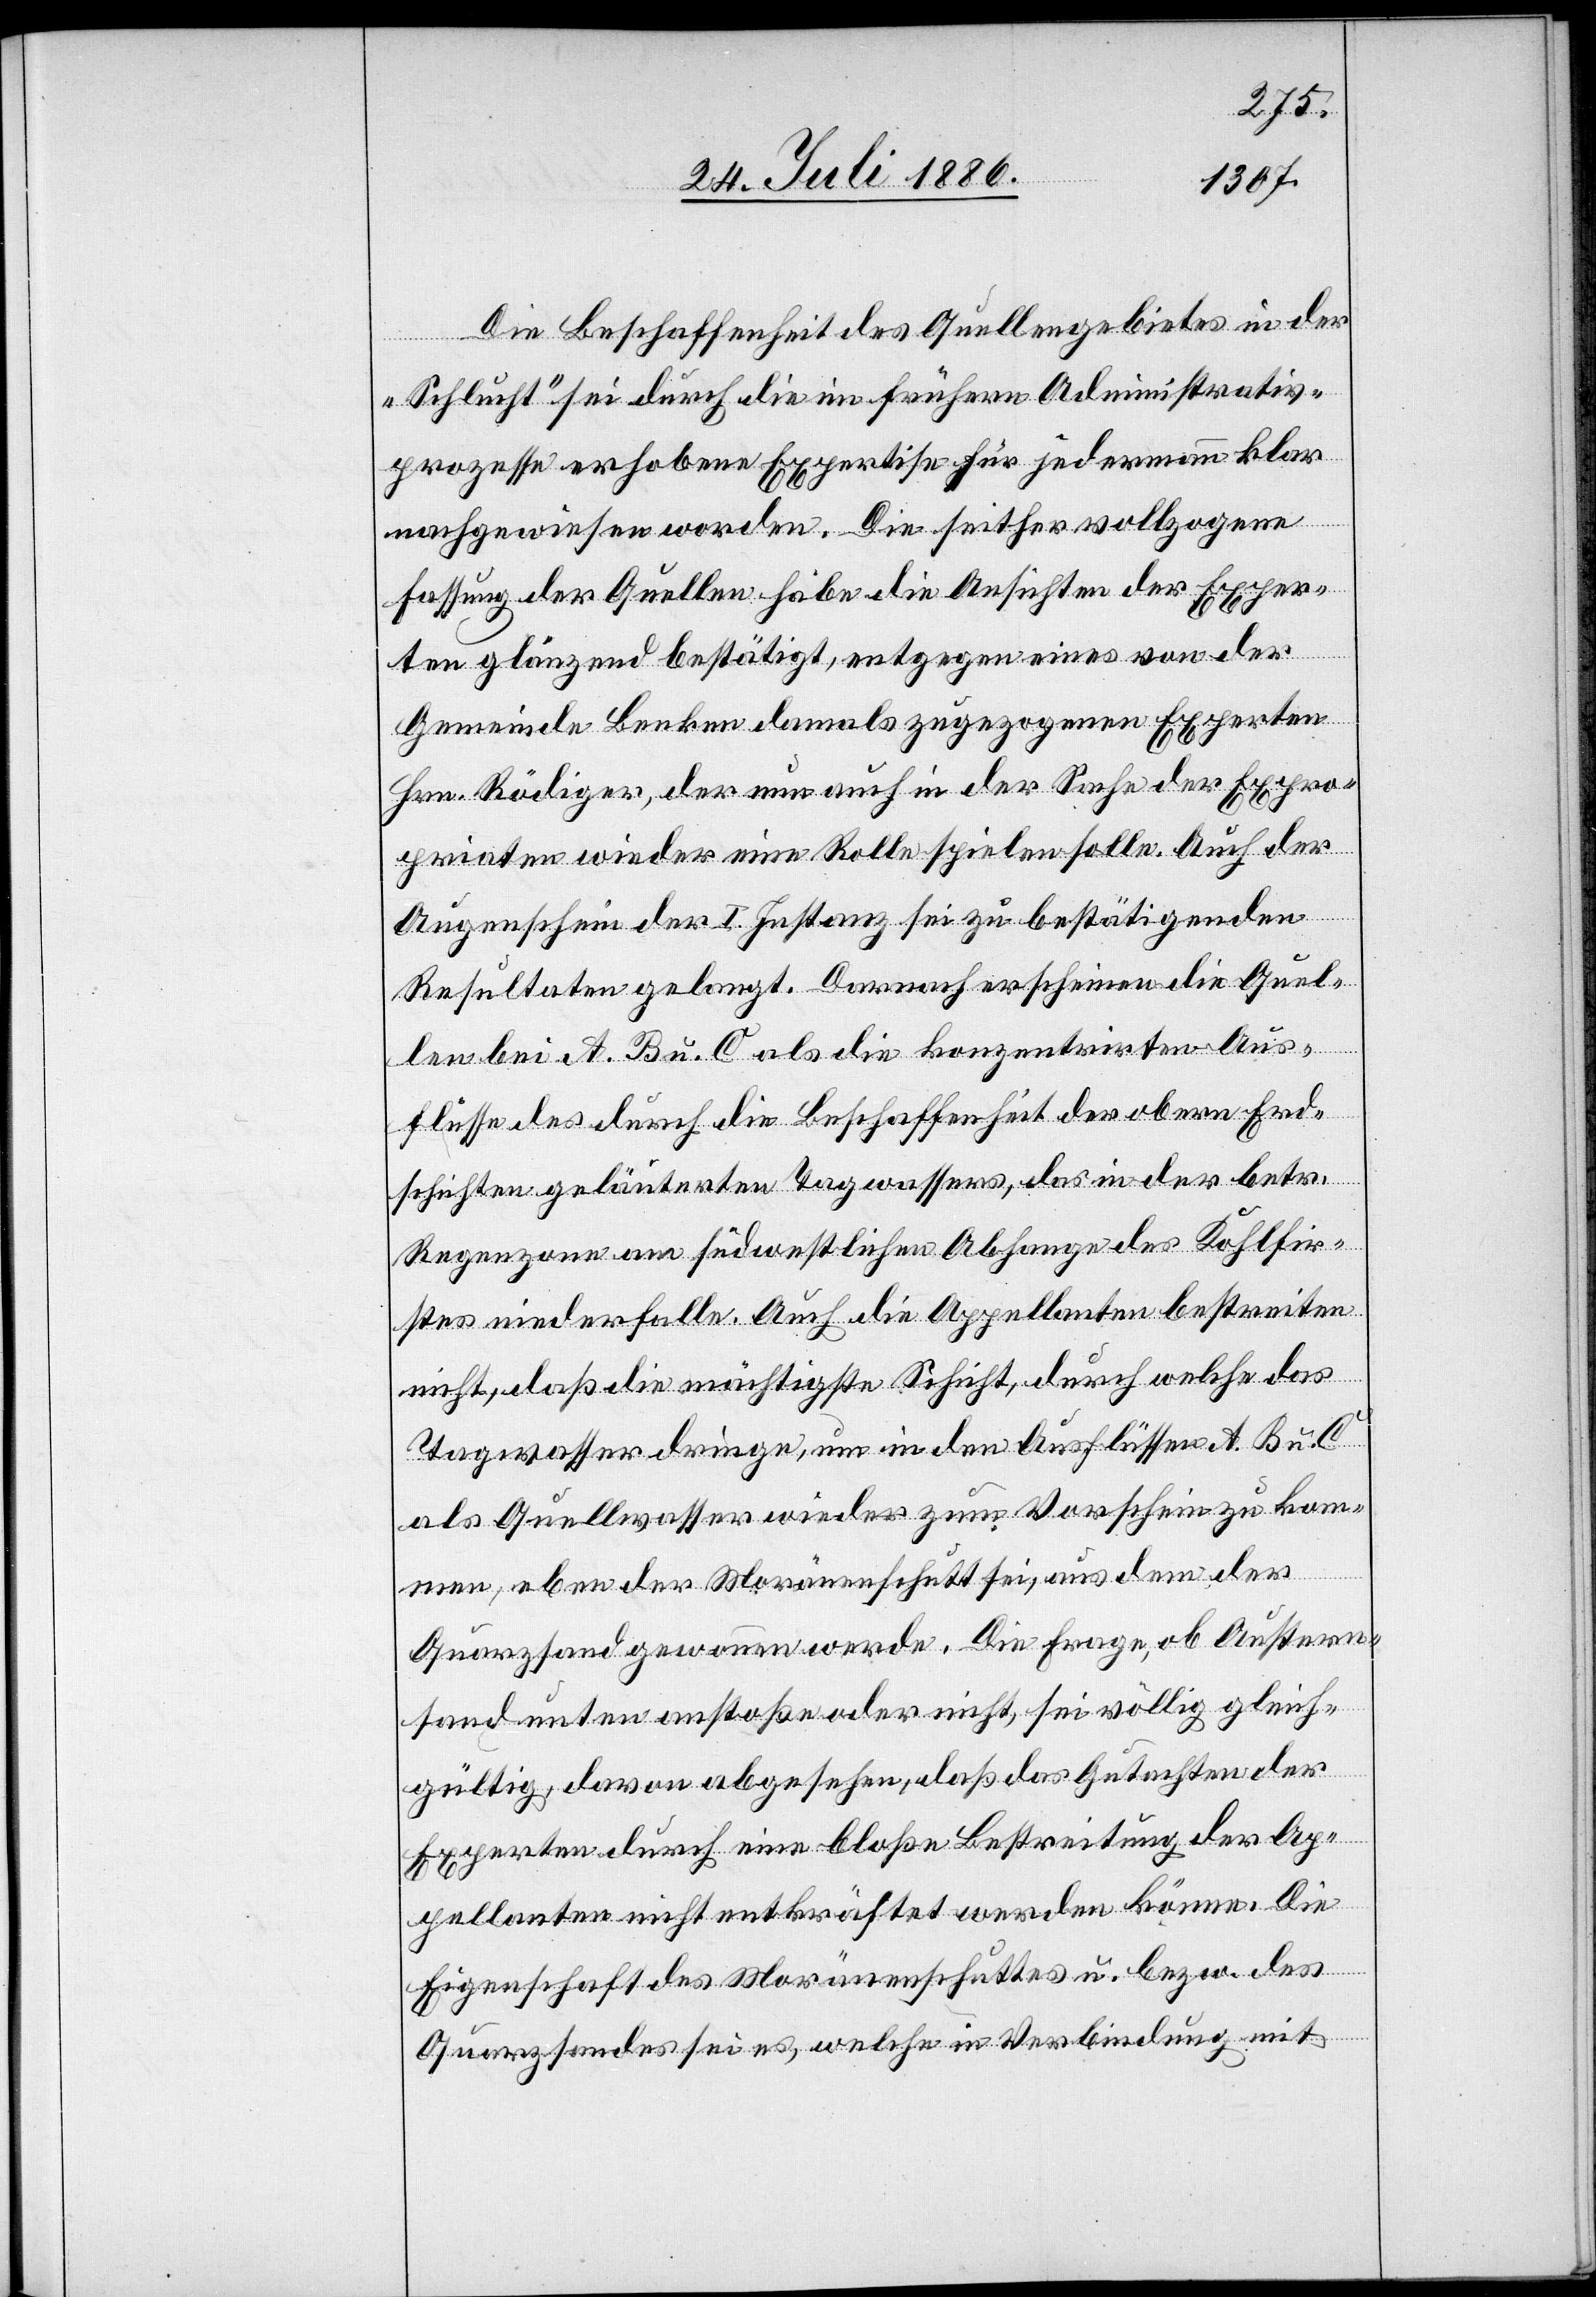
Die Beschaffenheit des Quellengebietes in der
„Schlucht“ sei durch die im frühern Administrativ¬
prozesse erhobene Expertise für jedermann klar
nachgewiesen worden. Die seither vollzogene
Fassung der Quellen habe die Ansichten der Exper¬
ten glänzend bestätigt, entgegen eines von der
Gemeinde Benken damals zugezogenen Experten
Hrn. Rödinger, der nun auch in der Sache der Expro¬
prianten wieder eine Rolle spielen solle. Auch der
Augenschein der I. Instanz sei zu bestätigenden
Resultaten gelangt. Darnach erschienen die Quel¬
len bei A, B u. C als die konzentrirten Aus¬
flüsse des durch die Beschaffenheit der obern Erd¬
schichten geläuterten Tagwassers, das in der betr.
Regenzone am südwestlichen Abhange des Kohlfir¬
stes niederfalle. Auch die Appellanten bestreiten
nicht, daß die mächtigste Schicht, durch welche das
Tagwasser dringe, um in den Ausflüssen A, B u. C
als Quellwasser wieder zum Vorschein zu kom¬
men, eben der Moränenschutt sei, aus dem der
Quarzsand gewonnen werde. Die Frage, ob Austern¬
sand unten anstoße oder nicht, sei völlig gleich¬
gültig, davon abgesehen, daß das Gutachten der
Experten durch eine bloße Bestreitung der Ap¬
pellanten nicht entkräftet werden könne. Die
Eigenschaft des Moränenschuttes u. bezw. des
Quarzsandes sei es, welche in Verbindung mit